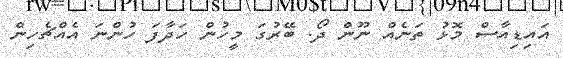
އައިޑިއާސް މޮޅު ތަނެއް ނޫން ދޯ. ބޭރުގަ މީހުން ހަދާފަ ހުންނަ އެއްޗެހިން